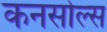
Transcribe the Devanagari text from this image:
कनसोल्स